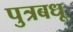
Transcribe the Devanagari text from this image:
पुत्रबधू